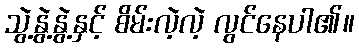
သွဲ့နွဲ့နွဲ့နှင့် စိမ်းလဲ့လဲ့ လွင်နေပါ၏။